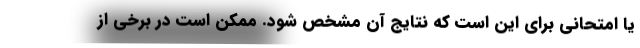
یا امتحانی برای این است که نتایج آن مشخص شود. ممکن است در برخی از